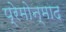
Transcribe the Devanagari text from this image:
प्रेमोन्माद